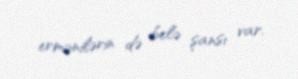
ermənilərin də belə şansı var.